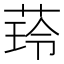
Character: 𦴿